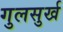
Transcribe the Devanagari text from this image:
गुलसुर्ख